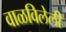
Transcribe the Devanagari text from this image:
वाळविलेली